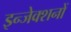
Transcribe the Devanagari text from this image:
इन्जेक्शनों